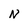
Character: N